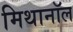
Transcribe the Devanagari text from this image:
मिथानॉल